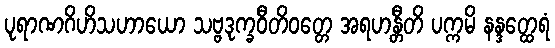
ပုရာဏဂိဟိသဟာယော သဗ္ဗဒုက္ခဝီတိဝတ္တေ အရဟန္တီတိ ပက္ကမိ နန္ဒတ္ထေရံ